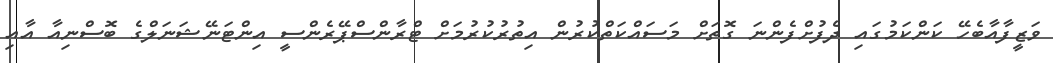
ވަޒީފާއާބެހޭ ކަންކަމުގައި ދެފުށްފެންނަ ގޮތަށް މަސައްކަތްކުރުން އިތުރުކުރުމަށް ޓްރާންސްޕޭރެންސީ އިންޓަނޭޝަނަލްގެ ބޮސްނިއާ އާއި